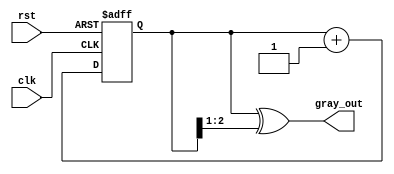
module gray_code_counter #(
    parameter N = 3  // Parameter for the number of bits in the counter
)(
    input wire clk,      // Clock signal
    input wire rst,      // Asynchronous reset signal
    output reg [N-1:0] gray_out // Gray code output
);

    reg [N-1:0] binary_count; // Internal binary counter

    // Always block for synchronous counting and reset
    always @(posedge clk or posedge rst) begin
        if (rst) begin
            binary_count <= 0; // Reset binary counter to 0
        end else begin
            binary_count <= binary_count + 1; // Increment binary counter
        end
    end

    // Combinational logic to convert binary to Gray code
    always @(*) begin
        gray_out = binary_count ^ (binary_count >> 1); // Gray code conversion
    end

endmodule